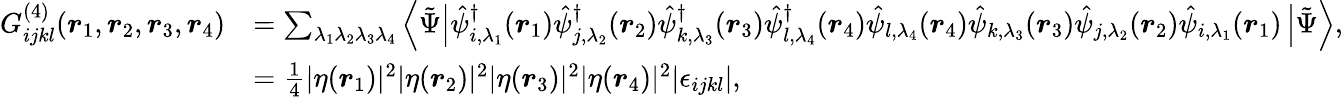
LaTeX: \begin{array}{rl}{G_{ijkl}^{(4)}(\boldsymbol{r}_{1},\boldsymbol{r}_{2},\boldsymbol{r}_{3},\boldsymbol{r}_{4})}&{=\sum_{\lambda_{1}\lambda_{2}\lambda_{3}\lambda_{4}}\left\langle\tilde{\Psi}\right|\hat{\psi}_{i,\lambda_{1}}^{\dagger}(\boldsymbol{r}_{1})\hat{\psi}_{j,\lambda_{2}}^{\dagger}(\boldsymbol{r}_{2})\hat{\psi}_{k,\lambda_{3}}^{\dagger}(\boldsymbol{r}_{3})\hat{\psi}_{l,\lambda_{4}}^{\dagger}(\boldsymbol{r}_{4})\hat{\psi}_{l,\lambda_{4}}(\boldsymbol{r}_{4})\hat{\psi}_{k,\lambda_{3}}(\boldsymbol{r}_{3})\hat{\psi}_{j,\lambda_{2}}(\boldsymbol{r}_{2})\hat{\psi}_{i,\lambda_{1}}(\boldsymbol{r}_{1})\left|\tilde{\Psi}\right\rangle,}\\ &{=\frac{1}{4}|\eta(\boldsymbol{r}_{1})|^{2}|\eta(\boldsymbol{r}_{2})|^{2}|\eta(\boldsymbol{r}_{3})|^{2}|\eta(\boldsymbol{r}_{4})|^{2}|\epsilon_{ijkl}|,}\end{array}